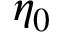
\eta _ { 0 }